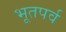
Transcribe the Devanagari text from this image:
भूतपर्व